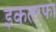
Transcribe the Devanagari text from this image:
इकतरफा